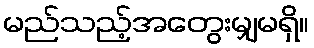
မည်သည့်အတွေးမျှမရှိ။